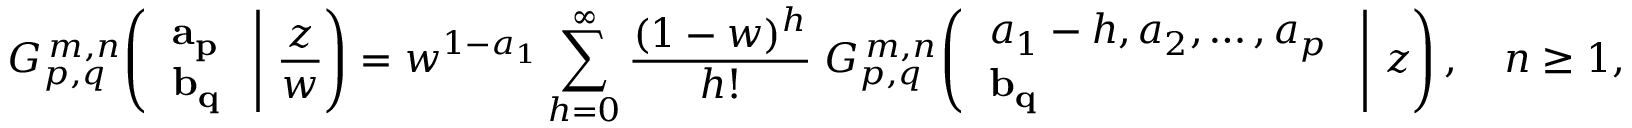
G _ { p , q } ^ { \, m , n } \! \left( \left. { \begin{array} { l } { \mathbf { a _ { p } } } \\ { \mathbf { b _ { q } } } \end{array} } \; \right| \, { \frac { z } { w } } \right) = w ^ { 1 - a _ { 1 } } \sum _ { h = 0 } ^ { \infty } { \frac { ( 1 - w ) ^ { h } } { h ! } } \; G _ { p , q } ^ { \, m , n } \! \left( \left. { \begin{array} { l } { a _ { 1 } - h , a _ { 2 } , \dots , a _ { p } } \\ { \mathbf { b _ { q } } } \end{array} } \; \right| \, z \right) , \quad n \geq 1 ,